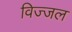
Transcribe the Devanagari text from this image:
विज्जल